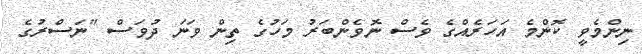
ނިންމެވީ ކޮންމެ އަހަރެއްގެ ވެސް ނޮވެންބަރު މަހުގެ ތިން ވަނަ ދުވަސް "ނަސްރުގެ